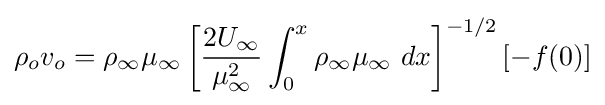
\rho _{o}v_{o}=\rho _{\infty }\mu _{\infty }\left[{\frac {2U_{\infty }}{\mu _{\infty }^{2}}}\int _{0}^{x}\rho _{\infty }\mu _{\infty }\ dx\right]^{-1/2}[-f(0)]